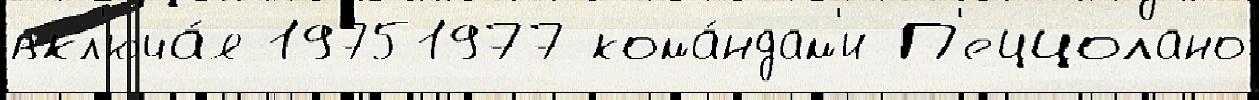
вкл'юча́я 19751977 кома́ндам'и П'еццолано